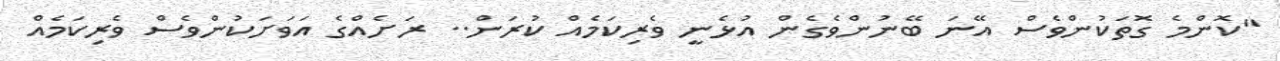
"ކޮންމެ ގޮތަކުންވެސް އޭނަ ބޭނުންވެގެން އުޅެނީ ވެރިކަމެއް ކުރަން.. ރަށެއްގެ އަވަށަކުންވެސް ވެރިކަމެއް